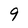
Character: 9